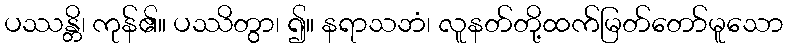
ပဿန္တိ၊ ကုန်၏။ ပဿိတွာ၊ ၍။ နရာသဘံ၊ လူနတ်တို့ထက်မြတ်တော်မူသော